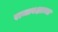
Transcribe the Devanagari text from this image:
राजाबक्षाच्या